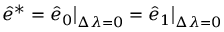
\begin{array} { r } { \hat { e } ^ { * } = \hat { e } _ { 0 } \big \rvert _ { \Delta \lambda = 0 } = \hat { e } _ { 1 } \big \rvert _ { \Delta \lambda = 0 } \, } \end{array}